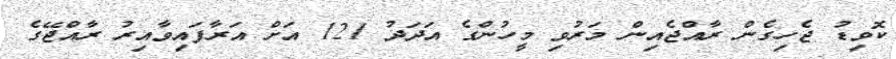
ކޮވިޑު ޖެހިގެން ރާއްޖެއިން މަރުވި މީހުންގެ އަދަދު 121 އަށް އަރާފައިވާއިރު ރާއްޖޭގެ